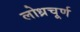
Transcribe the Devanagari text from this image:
लोध्रचूर्ण